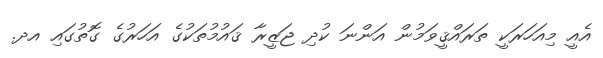
އެއީ މިއަހަރަކީ ތަރައްޤީވަމުން އަންނަ ކުދި ޖަޒީރާ ޤައުމުތަކުގެ އަހަރުގެ ގޮތުގައި އދ.